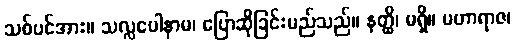
သစ်ပင်အား။ သလ္လပေါနာမ၊ ပြောဆိုခြင်းမည်သည်။ နတ္ထိ၊ မရှိ။ မဟာရာဇ၊